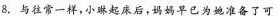
8.与往常一，小琳起床后，妈妈早已为她准备了可